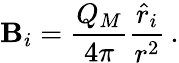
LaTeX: \mathbf{B}_{i}={\frac{{Q_{M}}}{{4\pi}}}{\frac{{{\hat{{r}}}_{i}}}{{r^{2}}}}\, .